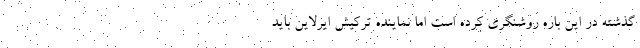
گذشته در این باره روشنگری کرده است اما نماینده ترکیش ایرلاین باید